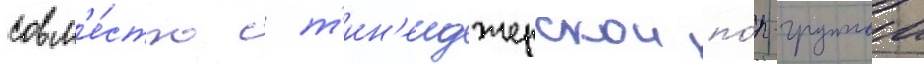
совм'е́стно с т'ин'еиджерскои по́п-группои